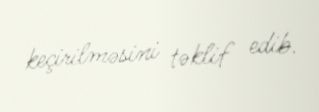
keçirilməsini təklif edib.